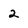
Character: 2